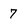
Character: 7